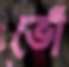
ভোঁঁ